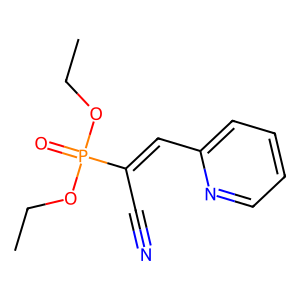
SMILES: CCOP(=O)(OCC)C(C#N)=Cc1ccccn1
Inhibits HIV replication: Yes